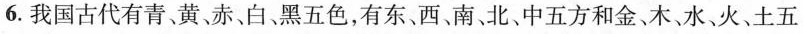
6.我国古代有青、黄赤、白黑五色，有东、西、南、北、中五方和金、木、水、火、土五